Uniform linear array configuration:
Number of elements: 24
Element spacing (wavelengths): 1
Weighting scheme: hamming
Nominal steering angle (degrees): -30
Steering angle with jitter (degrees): -29.502
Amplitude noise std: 0.05
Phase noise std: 0.05

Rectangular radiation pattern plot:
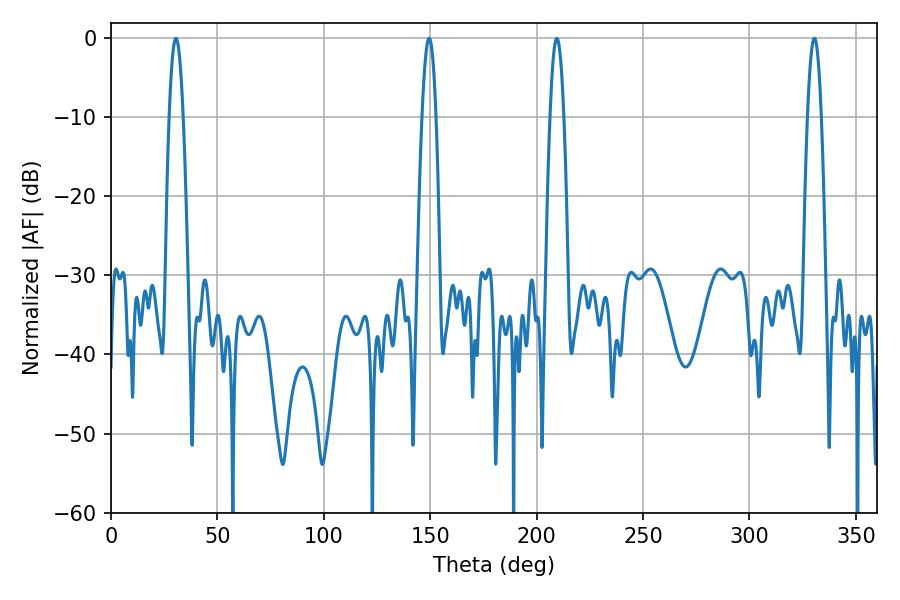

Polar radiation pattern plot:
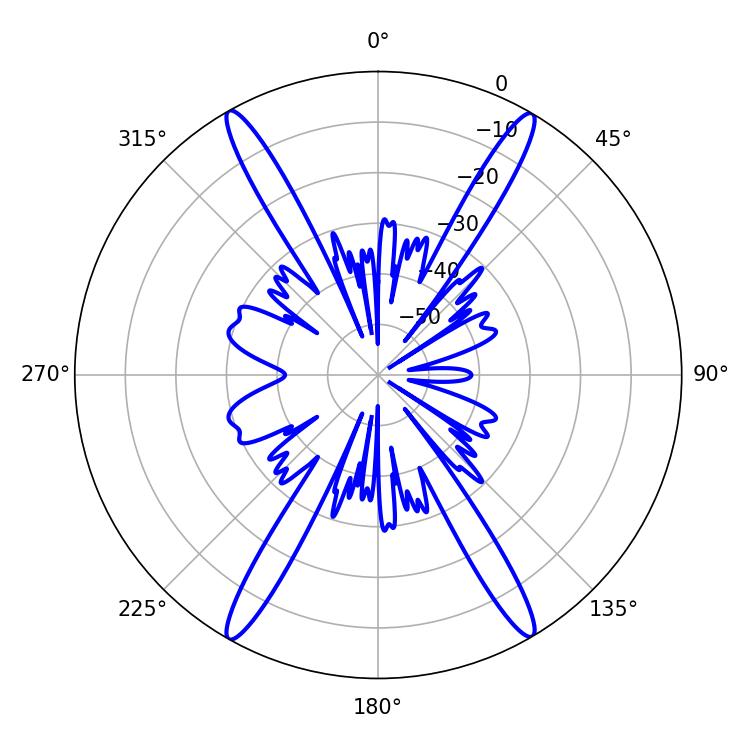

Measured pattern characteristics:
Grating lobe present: TRUE
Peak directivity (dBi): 29.306
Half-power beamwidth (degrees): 3.6
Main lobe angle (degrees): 209.52